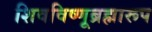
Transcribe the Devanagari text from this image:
शिवविष्णूब्रह्मारूप